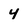
Character: 4